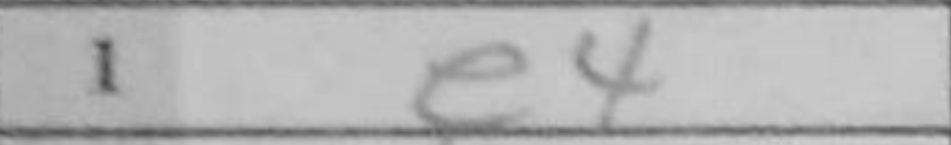
Transcription: e4